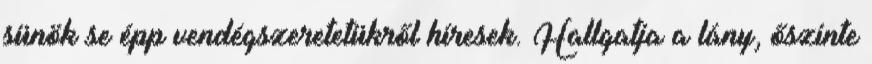
sünök se épp vendégszeretetükről híresek. Hallgatja a lány, őszinte